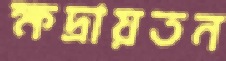
ক্ষদ্রায়তন